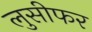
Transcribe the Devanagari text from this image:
लुसीफर